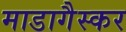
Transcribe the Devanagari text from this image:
माडागैस्कर